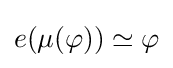
e(\mu (\varphi ))\simeq \varphi